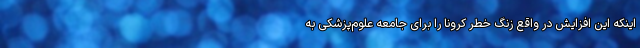
اینکه این افزایش در واقع زنگ خطر کرونا را برای جامعه علوم‌پزشکی به